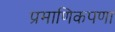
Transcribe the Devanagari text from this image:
प्रमाणिकपणा